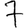
Digit: 7